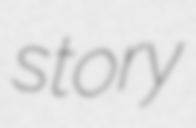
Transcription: story